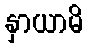
နှာယာမိ